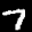
Label: 7